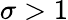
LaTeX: \sigma>1